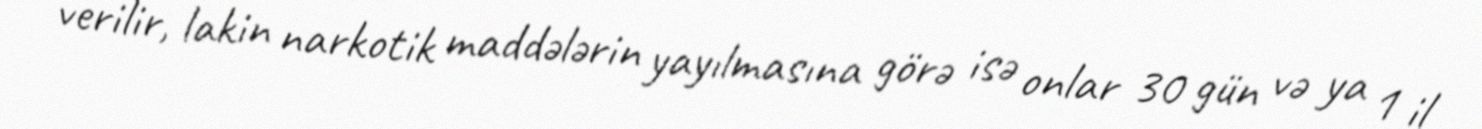
verilir, lakin narkotik maddələrin yayılmasına görə isə onlar 30 gün və ya 1 il